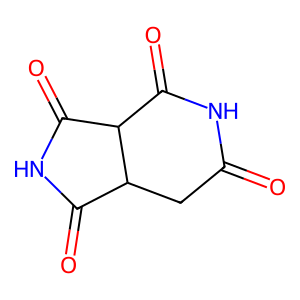
SMILES: O=C1CC2C(=O)NC(=O)C2C(=O)N1
Inhibits HIV replication: No